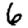
Digit: 6